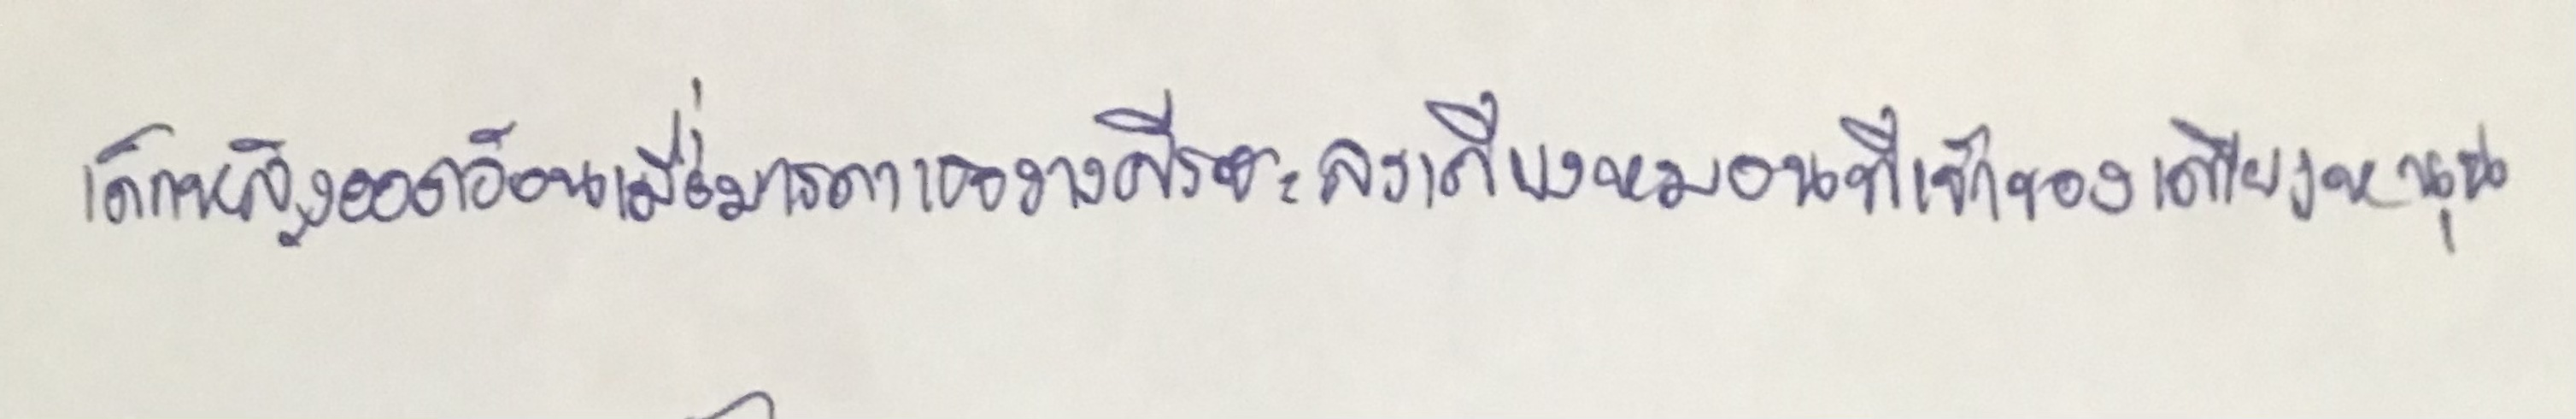
เด็กหญิงออดอ้อนเมื่อมารดาเธอวางศีรษะลงเคียงหมอนที่เจ้าของเตียงหนุน